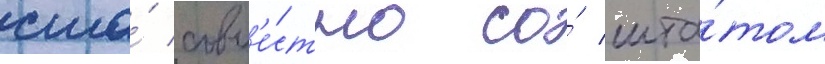
сша́ совм'е́стно со́ шта́том